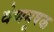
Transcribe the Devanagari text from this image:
वेणमूषक